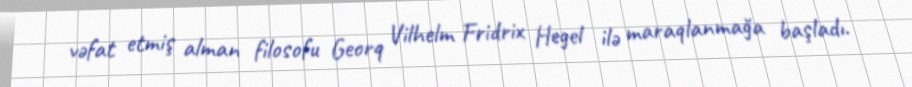
vəfat etmiş alman filosofu Georq Vilhelm Fridrix Hegel ilə maraqlanmağa başladı.